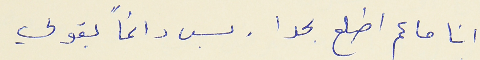
انا ما عم اطلع بحدا . بس دائماً بقولي